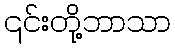
၎င်းတို့ဘာသာ